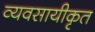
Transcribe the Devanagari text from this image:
व्यवसायीकृत